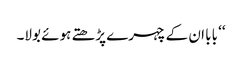
‘‘ بابا ان کے چہرے پڑھتے ہوئے بولا۔